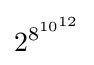
2^{8^{10^{12}}}